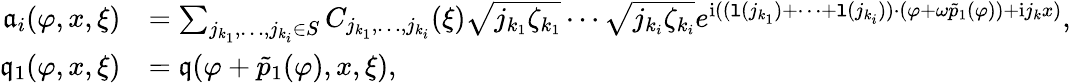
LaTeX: \begin{array}{rl}{\mathfrak{a}_{i}(\varphi,x,\xi)}&{=\sum_{j_{k_{1}},\ldots,j_{k_{i}}\in S}C_{j_{k_{1}},\ldots,j_{k_{i}}}(\xi)\sqrt{j_{k_{1}}\zeta_{k_{1}}}\cdots\sqrt{j_{k_{i}}\zeta_{k_{i}}}e^{\mathrm{i}((\mathtt{l}(j_{k_{1}})+\cdots+\mathtt{l}(j_{k_{i}}))\cdot\left(\varphi+\omega\tilde{p}_{1}(\varphi)\right)+\mathrm{i}j_{k}x)},}\\ {\mathfrak{q}_{1}(\varphi,x,\xi)}&{=\mathfrak{q}(\varphi+\tilde{p}_{1}(\varphi),x,\xi),}\end{array}